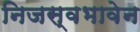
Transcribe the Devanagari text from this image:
निजस्वभावेन